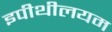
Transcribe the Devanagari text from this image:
इपीथीलयम